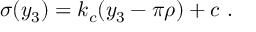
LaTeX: \sigma ( y _ { 3 } ) = k _ { c } ( y _ { 3 } - \pi \rho ) + c ~ . ~ \,